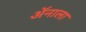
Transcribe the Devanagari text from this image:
ॲनाला